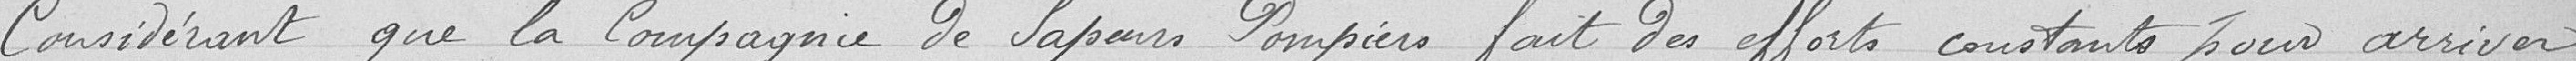
considérant que la Compagnie de Sapeurs Pompiers fait des efforts constants pour arriver